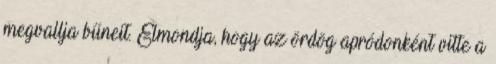
megvallja bűneit. Elmondja, hogy az ördög apródonként vitte a